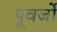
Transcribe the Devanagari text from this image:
पूवर्जों